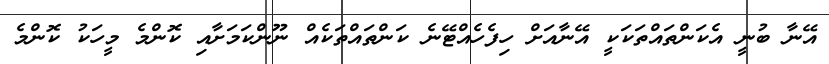
އޭނާ ބުނީ އެކަންތައްތަކަކީ އޭނާއަށް ހިފެހެއްޓޭނެ ކަންތައްތަކެއް ނޫންކަމަށާއި ކޮންމެ މީހަކު ކޮންމެ